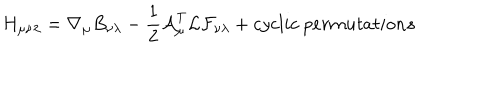
{ H } _ { \mu \nu \lambda } = \nabla _ { \mu } { B } _ { \nu \lambda } - \frac { 1 } { 2 } { \cal A } _ { \mu } ^ { T } { \cal L } { \cal F } _ { \nu \lambda } + c y c l i c ~ p e r m u t a t i o n s